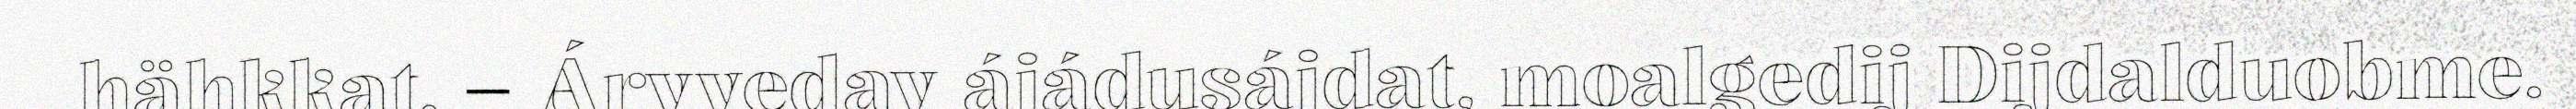
hähkkat. – Árvvedav ájádusájdat, moalgedij Dijdalduobme.